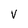
Character: v